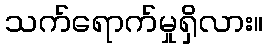
သက်ရောက်မှုရှိလား။